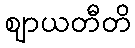
ဈာယတီတိ